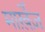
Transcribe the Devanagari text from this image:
मार्ख़ेज़